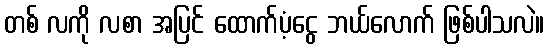
တစ် လကို လစာ အပြင် ထောက်ပံ့ငွေ ဘယ်လောက် ဖြစ်ပါသလဲ။